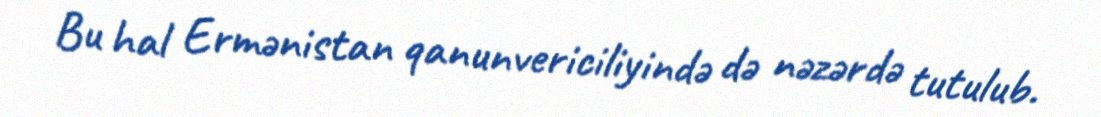
Bu hal Ermənistan qanunvericiliyində də nəzərdə tutulub.